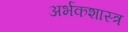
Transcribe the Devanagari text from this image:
अर्भकशास्त्र